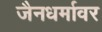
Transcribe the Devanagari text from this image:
जैनधर्मावर